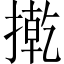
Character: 㨴